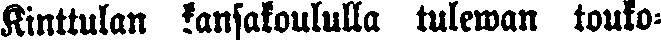
Kinttutan kansakoululla tulewan touko-